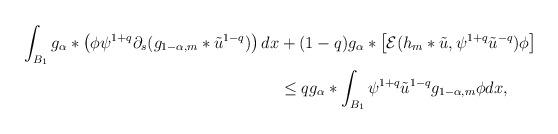
LaTeX: \begin{align*}\int_{B_{1}}g_{\alpha}*\left( \phi\psi^{1+q}\partial_{s}(g_{1-\alpha,m}*\tilde{u}^{1-q}) \right)dx& + (1-q)g_{\alpha}*\left[ \mathcal{E}(h_{m}*\tilde{u},\psi^{1+q}\tilde{u}^{-q}) \phi \right] \\& \leq q g_{\alpha}*\int_{B_{1}}\psi^{1+q}\tilde{u}^{1-q}g_{1-\alpha,m}\phi dx,\end{align*}